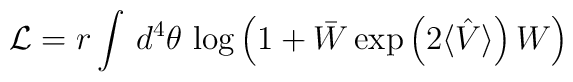
{\cal L}=r \int\,d^{4}\theta\, \log\left(1+\bar{W}\exp \left(2\langle\hat{V}\rangle\right) W\right)